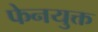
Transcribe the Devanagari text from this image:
फेनयुक्त